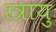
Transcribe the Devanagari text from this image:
स्त्रायु